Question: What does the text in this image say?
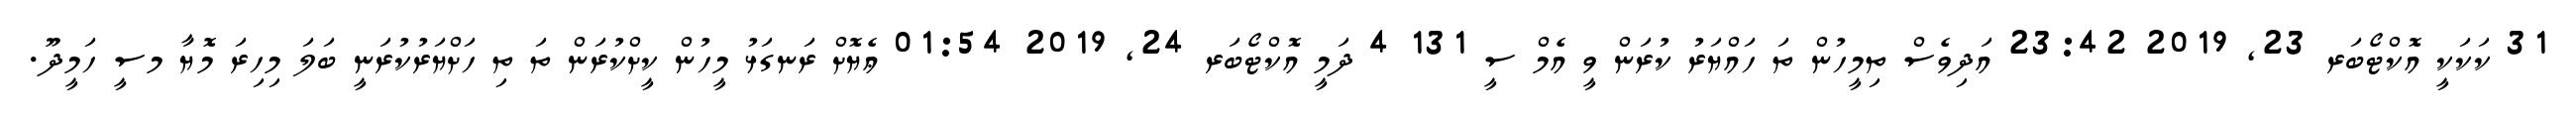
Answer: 31 ކަކަކީ އޮކްޓޯބަރ 23, 2019 23:42 އަދިވެސް ތިމީހުން ތަ ހައްޔަރު ކުރަން ވީ އެމް ސީ 131 4 ދަމީ އޮކްޓޯބަރ 24, 2019 01:54 ޢެޔޮށް ރަނގަޅު މީހުން ކީށްކުރަން ތަ ތި ހަށްޔަރުކުރަނީ ބަލަ މިހިރަ މޮޔާ މސީ ހަމީދޫ.